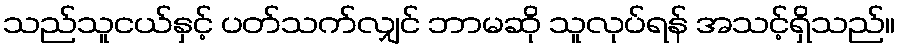
သည်သူငယ်နှင့် ပတ်သက်လျှင် ဘာမဆို သူလုပ်ရန် အသင့်ရှိသည်။